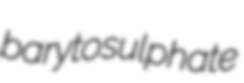
barytosulphate